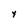
Character: Y